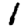
Digit: 1